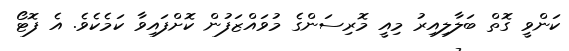
ކަންވީ ގޮތް ބަލާލިއިރު މިއީ މޮރިސަންގެ މުވައްޒަފުން ކޮށްފައިވާ ކަމެކެވެ. އެ ފޮޓޯ